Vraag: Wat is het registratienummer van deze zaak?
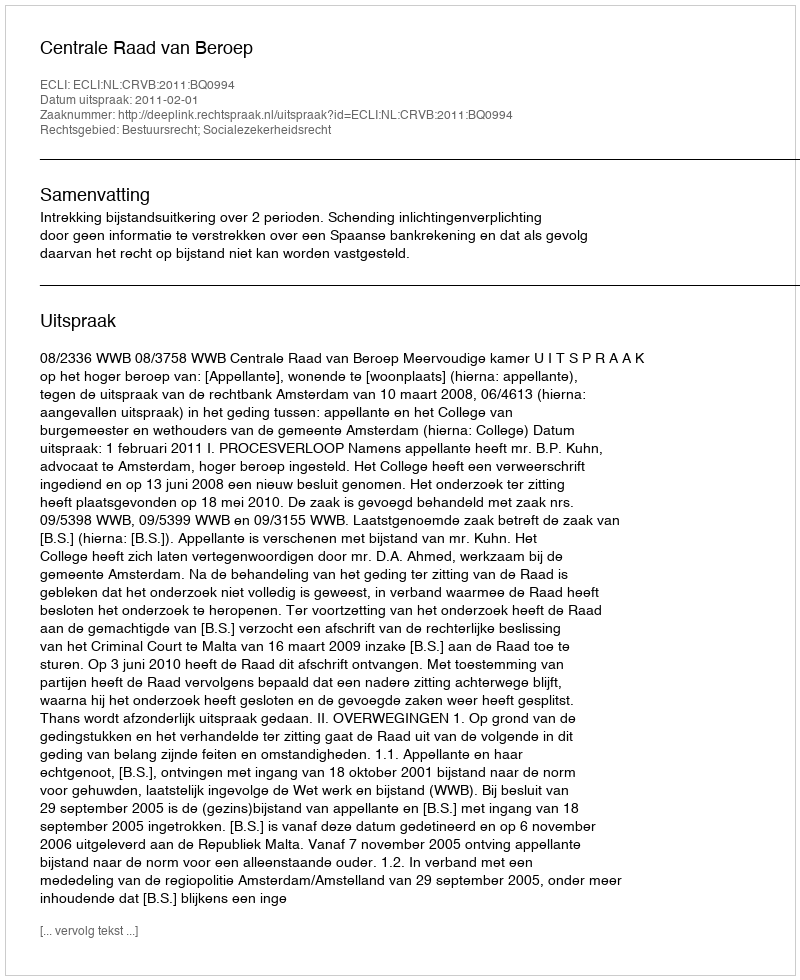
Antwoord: http://deeplink.rechtspraak.nl/uitspraak?id=ECLI:NL:CRVB:2011:BQ0994